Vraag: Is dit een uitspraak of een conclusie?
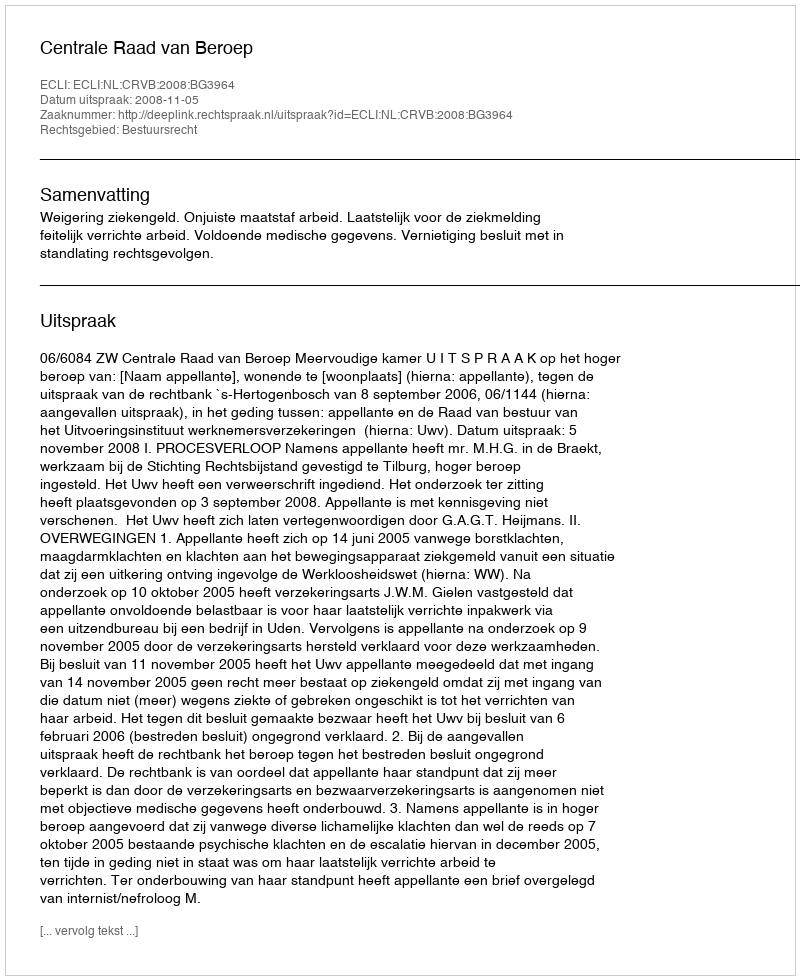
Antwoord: Uitspraak